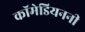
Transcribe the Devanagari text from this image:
कॉमेडियननी